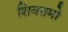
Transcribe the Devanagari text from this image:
शिवतमो